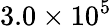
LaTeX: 3.0\times 10^{5}